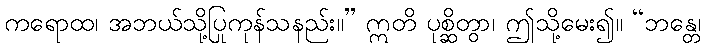
ကရောထ၊ အဘယ်သို့ပြုကုန်သနည်း။” ဣတိ ပုစ္ဆိတွာ၊ ဤသို့မေး၍။ “ဘန္တေ၊